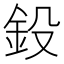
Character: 鈠